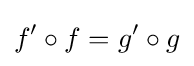
f'\circ f=g'\circ g